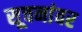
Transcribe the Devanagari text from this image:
सूचनांवर